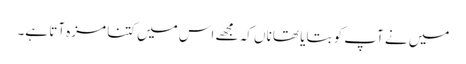
میں نے آپ کو بتایا تھا ناں کہ مجھے اس میں کتنا مزہ آتا ہے۔